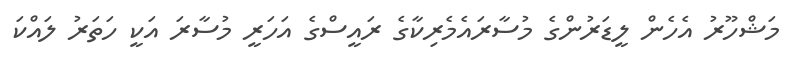
މަޝްހޫރު އެހެން ލީޑަރުންގެ މުސާރައެމެރިކާގެ ރައީސްގެ އަހަރީ މުސާރަ އަކީ ހަތަރު ލައްކަ